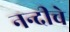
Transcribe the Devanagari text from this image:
नन्दीचे